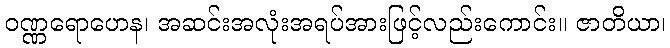
ဝဏ္ဏရောဟေန၊ အဆင်းအလုံးအရပ်အားဖြင့်လည်းကောင်း။ ဇာတိယာ၊